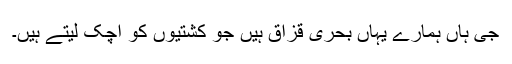
جى ہاں ہمارے یہاں بحرى قزاق ہیں جو کشتیوں کو اچک لیتے ہیں۔